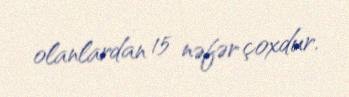
olanlardan 15 nəfər çoxdur.